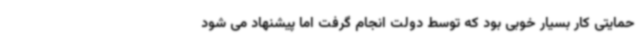
حمایتی کار بسیار خوبی بود که توسط دولت انجام گرفت اما پیشنهاد می شود